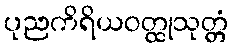
ပုညကိရိယဝတ္ထုသုတ္တံ